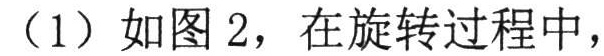
（1）如图2，在旋转过程中，